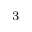
^ 3